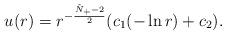
LaTeX: \begin{align*}u(r)= r^{-\frac{\tilde{N}_+-2}{2}}(c_1 ( -\ln r)+c_2). \end{align*}